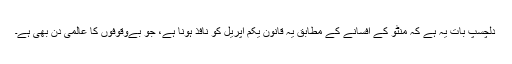
دلچسپ بات یہ ہے کہ منٹو کے افسانے کے مطابق یہ قانون یکم اپریل کو نافذ ہونا ہے، جو بےوقوفوں کا عالمی دن بھی ہے۔